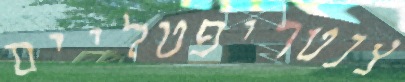
צנטריפטליים